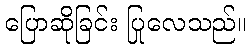
ပြောဆိုခြင်း ပြုလေသည်။